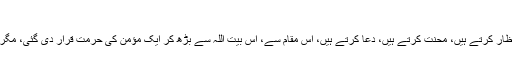
‘‘ (ابن ماجہ، السنن، کتاب الفتن)
کعبہ وہ مقام جہاں جانے کے لیے لوگ پوری پوری زندگی انتظار کرتے ہیں، محنت کرتے ہیں، دعا کرتے ہیں، اس مقام سے، اس بیت اللہ سے بڑھ کر ایک مؤمن کی حرمت قرار دی گئی، مگر مقام افسوس کہ وقتی و ذاتی مفاد نے آنکھوں پر پٹی باندھ دی۔